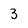
Character: 3